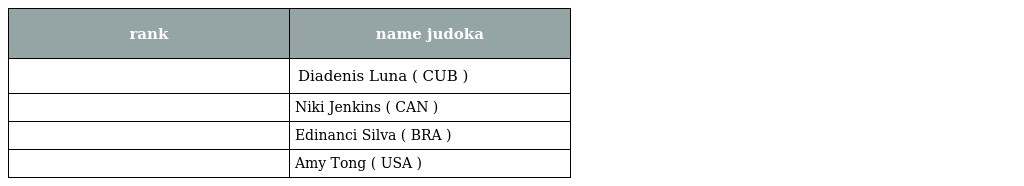
| rank | name judoka |
 | --- | --- |
 |  | Diadenis Luna ( CUB ) |
 |  | Niki Jenkins ( CAN ) |
 |  | Edinanci Silva ( BRA ) |
 |  | Amy Tong ( USA ) |